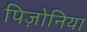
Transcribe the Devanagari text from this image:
पिज़ोनिया